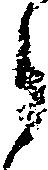
郎